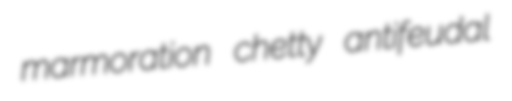
marmoration chetty antifeudal